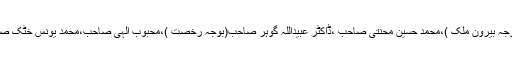
٭	پروفیسرغفوراحمدصاحب (بوجہ علالت )،پروفیسر خورشید احمد صاحب (بوجہ بیرون ملک )،محمد حسین محنتی صاحب ،ڈاکٹر عبیداللہ گوہر صاحب(بوجہ رخصت )،محبوب الٰہی صاحب،محمد یونس خٹک صاحب،پروفیسر گوہر صدیقی صاحب (بوجہ علالت ) شریک اجلاس نہ ہوسکے ۔